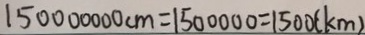
1 5 0 0 0 0 0 0 0 c m = 1 5 0 0 0 0 0 = 1 5 0 0 ( k m )